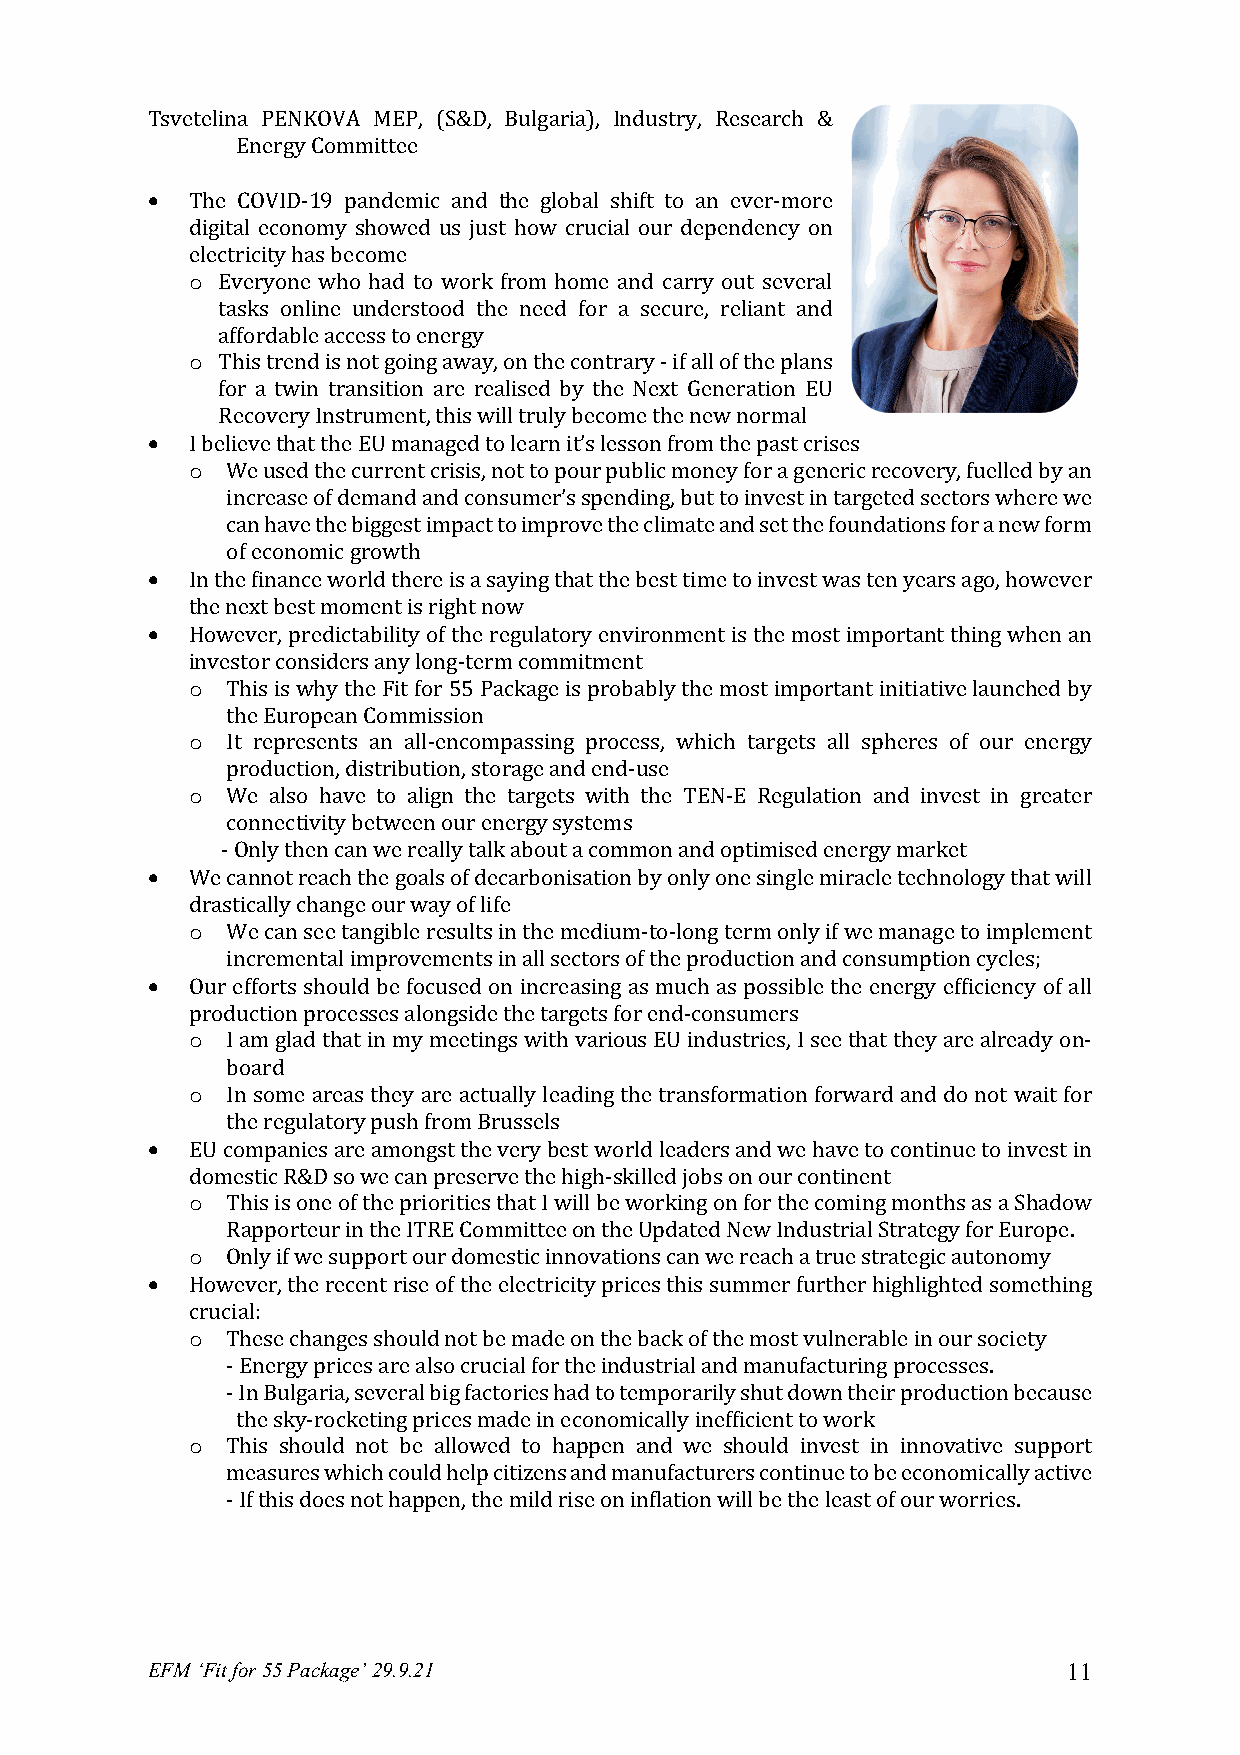
Tsvetelina PENKOVA MEP, (S&D, Bulgaria), Industry, Research &
 Energy Committee
 •  The COVID-19 pandemic and the global shift to an ever-more
 digital economy showed us just how crucial our dependency on
 electricity has become
 o Everyone who had to work from home and carry out several
 tasks online understood the need for a secure, reliant and
 affordable access to energy
 o This trend is not going away, on the contrary - if all of the plans
 for a twin transition are realised by the Next Generation EU
 Recovery Instrument, this will truly become the new normal
 •  I believe that the EU managed to learn it’s lesson from the past crises
 o We used the current crisis, not to pour public money for a generic recovery, fuelled by an
 increase of demand and consumer’s spending, but to invest in targeted sectors where we
 can have the biggest impact to improve the climate and set the foundations for a new form
 of economic growth
 •  In the finance world there is a saying that the best time to invest was ten years ago, however
 the next best moment is right now
 •  However, predictability of the regulatory environment is the most important thing when an
 investor considers any long-term commitment
 o This is why the Fit for 55 Package is probably the most important initiative launched by
 the European Commission
 o It represents an all-encompassing process, which targets all spheres of our energy
 production, distribution, storage and end-use
 o We also have to align the targets with the TEN-E Regulation and invest in greater
 connectivity between our energy systems
 - Only then can we really talk about a common and optimised energy market
 •  We cannot reach the goals of decarbonisation by only one single miracle technology that will
 drastically change our way of life
 o We can see tangible results in the medium-to-long term only if we manage to implement
 incremental improvements in all sectors of the production and consumption cycles;
 •  Our efforts should be focused on increasing as much as possible the energy efficiency of all
 production processes alongside the targets for end-consumers
 o I am glad that in my meetings with various EU industries, I see that they are already on-
 board
 o In some areas they are actually leading the transformation forward and do not wait for
 the regulatory push from Brussels
 •  EU companies are amongst the very best world leaders and we have to continue to invest in
 domestic R&D so we can preserve the high-skilled jobs on our continent
 o This is one of the priorities that I will be working on for the coming months as a Shadow
 Rapporteur in the ITRE Committee on the Updated New Industrial Strategy for Europe.
 o Only if we support our domestic innovations can we reach a true strategic autonomy
 •  However, the recent rise of the electricity prices this summer further highlighted something
 crucial:
 o These changes should not be made on the back of the most vulnerable in our society
 - Energy prices are also crucial for the industrial and manufacturing processes.
 - In Bulgaria, several big factories had to temporarily shut down their production because
 the sky-rocketing prices made in economically inefficient to work
 o This should not be allowed to happen and we should invest in innovative support
 measures which could help citizens and manufacturers continue to be economically active
 - If this does not happen, the mild rise on inflation will be the least of our worries.
 EFM ‘Fit for 55 Package’ 29.9.21                             11